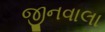
જીનવાલા